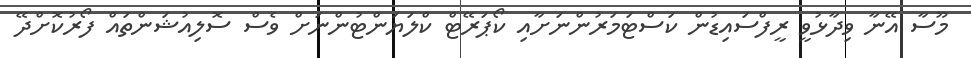
މޫސާ އޭނާ ވިދާޅުވީ ރީފްސައިޑުން ކަސްޓަަމަރުންނަށާއި ކޯޕަރޭޓް ކްލަޔަންޓުންނަށް ވެސް ސޮލިއުޝަންތައް ފޯރުކޮށްދޭ